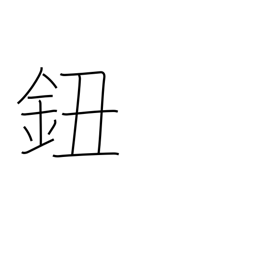
Meaning: button